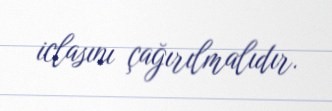
iclasını çağırılmalıdır.